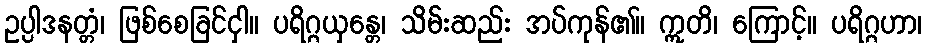
ဥပ္ပါဒနတ္တံ၊ ဖြစ်စေခြင်ငှါ။ ပရိဂ္ဂယှန္တေ၊ သိမ်းဆည်း အပ်ကုန်၏။ ဣတိ၊ ကြောင့်။ ပရိဂ္ဂဟာ၊